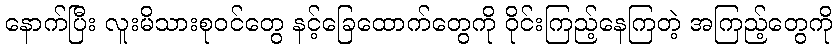
နောက်ပြီး လူးမိသားစုဝင်တွေ နင့်ခြေထောက်တွေကို ဝိုင်းကြည့်နေကြတဲ့ အကြည့်တွေကို